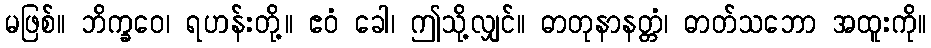
မဖြစ်။ ဘိက္ခဝေ၊ ရဟန်းတို့။ ဧဝံ ခေါ၊ ဤသို့လျှင်။ ဓာတုနာနတ္တံ၊ ဓာတ်သဘော အထူးကို။